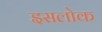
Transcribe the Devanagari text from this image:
इसलोक